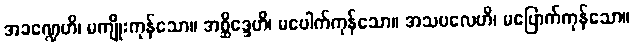
အခဏ္ဍေဟိ၊ မကျိုးကုန်သော။ အစ္ဆိဒ္ဒေဟိ၊ မပေါက်ကုန်သော။ အသဗလေဟိ၊ မပြောက်ကုန်သော။